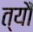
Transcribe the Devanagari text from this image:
त्‍यौं